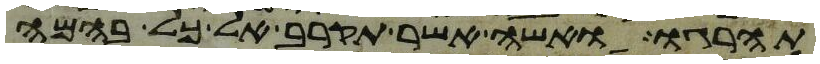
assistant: תהרגו ואשה אשר תקרב אל כל בהמה